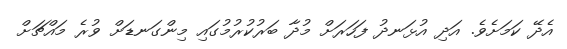
އެދޭ ކަމަށެވެ. އަދި އުޅަނދު ފަހަރަށް މުދާ ބަރުކުރުމުގައި މިންގަނޑަށް ވުރެ މައްޗަށް